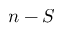
n - S